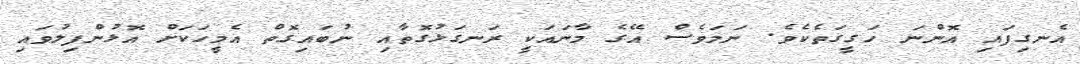
އެނގިފައި އޮންނަ ހަގީގަތެކެވެ. ނަމަވެސް އޭގެ މާނައަކީ ރަނގަޅުގޮތާއި ނުބައިގޮތް އެމީހަކަށް އޮޅުންފިލުވައި